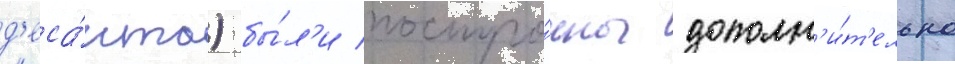
д'еса́нта) бы́л'и постро́ены дополн'и́т'ельно